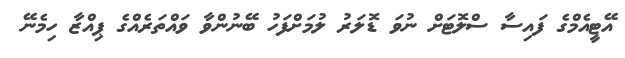
އޭޓީއެމްގެ ފައިސާ ސްލޮޓަށް ނުވަ ޑޮލަރު ލުމަށްފަހު ބޭނުންވާ ވައްތަރެއްގެ ޕިއްޒާ ހިމެނޭ